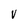
Character: V